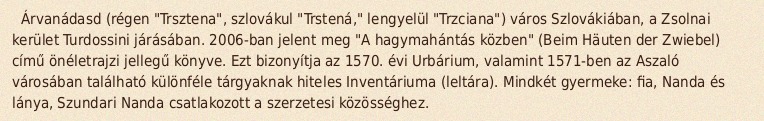
Árvanádasd (régen "Trsztena", szlovákul "Trstená," lengyelül "Trzciana") város Szlovákiában, a Zsolnai kerület Turdossini járásában. 2006-ban jelent meg "A hagymahántás közben" (Beim Häuten der Zwiebel) című önéletrajzi jellegű könyve. Ezt bizonyítja az 1570. évi Urbárium, valamint 1571-ben az Aszaló városában található különféle tárgyaknak hiteles Inventáriuma (leltára). Mindkét gyermeke: fia, Nanda és lánya, Szundari Nanda csatlakozott a szerzetesi közösséghez.